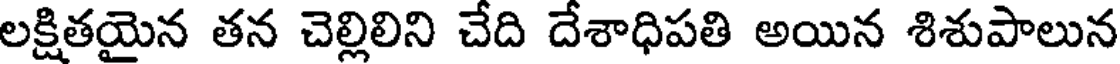
లక్షితయైన తన చెల్లిలిని చేది దేశాధిపతి అయిన శిశుపాలున